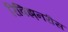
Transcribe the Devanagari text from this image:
रिविझ़नरीस